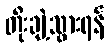
တိုးချဲ့သွားရန်